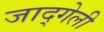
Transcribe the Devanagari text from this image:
जाद्गेली